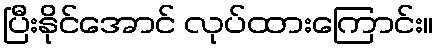
ပြီးနိုင်အောင် လုပ်ထားကြောင်း။